Senior Leaving Certificate Examination (including Day School Certificate (Higher) General paper), 1949
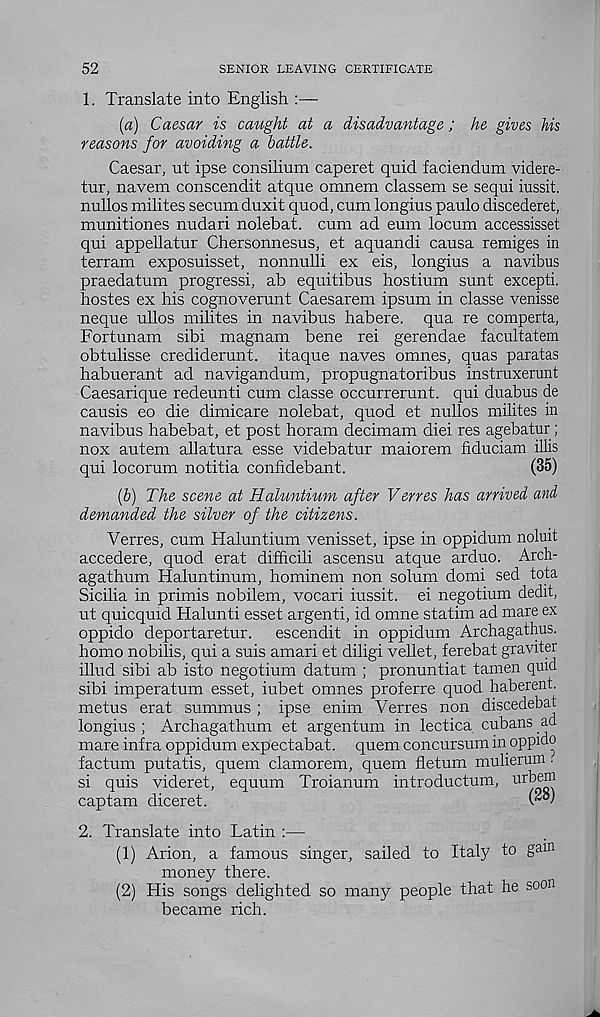
52
SENIOR LEAVING CERTIFICATE
1. Translate into English :—
(а) Caesar is caught at a disadvantage; he gives his
reasons for avoiding a battle.
Caesar, ut ipse consilium caperet quid faciendum videre-
tur, navem conscendit atque omnem classem se sequi iussit.
nullos milites secum duxit quod, cum longius paulo discederet,
munitiones nudari nolebat. cum ad eum locum accessisset
qui appellatur Chersonnesus, et aquandi causa remiges in
terram exposuisset, nonnulli ex eis, longius a navibus
praedatum progressi, ab equitibus hostium sunt excepti.
hostes ex his cognoverunt Caesarem ipsum in classe venisse
neque ullos milites in navibus habere, qua re comperta,
Fortunam sibi magnam bene rei gerendae facultatem
obtulisse crediderunt. itaque naves omnes, quas paratas
habuerant ad navigandum, propugnatoribus instruxerunt
Caesarique redeunti cum classe occurrerunt. qui duabus de
causis eo die dimicare nolebat, quod et nullos milites in
navibus habebat, et post horam decimam diei res agebatur ;
nox autem allatura esse videbatur maiorem fiduciam illis
qui locorum notitia confidebant.
(35)
(б) The scene at Haluntium after Verres has arrived and
demanded the silver of the citizens.
Verres, cum Haluntium venisset, ipse in oppidum noluit
accedere, quod erat dif&cili ascensu atque arduo. Arch-
agathum Haluntinum, hominem non solum domi sed tota
Sicilia in primis nobilem, vocari iussit. ei negotium dedit,
ut quicquid Halunti esset argenti, id omne statim ad mare ex
oppido deportaretur.
escendit in oppidum Archagathus.
homo nobilis, qui a suis amari et diligi vellet, ferebat graviter
illud sibi ab isto negotium datum ; pronuntiat tamen quid
sibi imperatum esset, iubet omnes proferre quod haberent.
metus erat summus ; ipse enim Verres non discedebat
longius ; Archagathum et argentum in lectica Cubans ad
mare infra oppidum expectabat. quern concursum in oppido
factum putatis, quern clamorem, quern fletum mulierum •
si quis videret, equum Troianum introductum,
captam diceret.
2. Translate into Latin :—
(1) Arion, a famous singer, sailed to Italy to gam
money there.
(2) His songs delighted so many people that he soon
became rich.